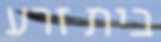
בית זרע